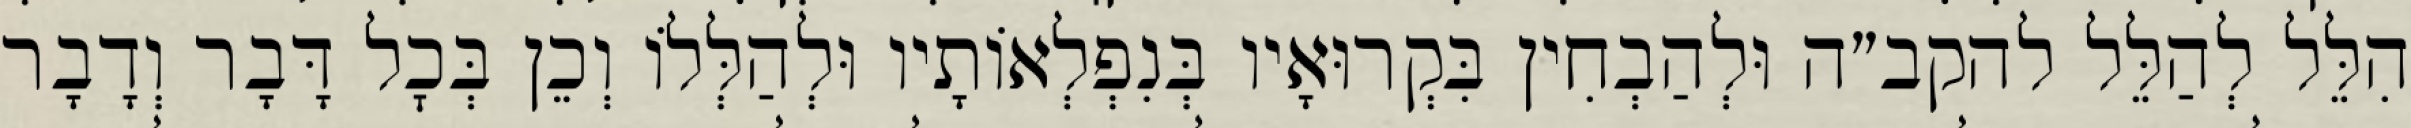
הִלֵּל לְהַלֵּל להקב״ה וּלְהַבְחִין בִּקְרוּאָיו בְּנִפְלְאוֹתָיו וּלְהַלְּלוֹ וְכֵן בְּכׇל דָּבָר וְדָבָר